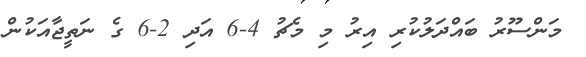
މަންސޫރު ބައްދަލުކުރި އިރު މި މެޗު 4-6 އަދި 2-6 ގެ ނަތީޖާއަކުން